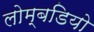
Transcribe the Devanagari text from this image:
लोम्बडियो